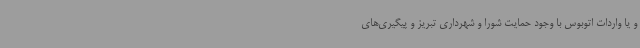
و یا واردات اتوبوس با وجود حمایت شورا و شهرداری تبریز و پیگیری‌های